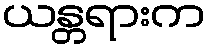
ယန္တရားက